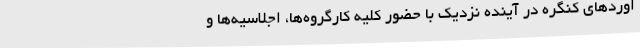
اوردهای کنگره در آینده نزدیک با حضور کلیه کارگروه‌ها، اجلاسیه‌ها و